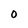
Character: 0